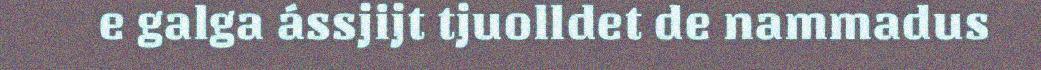
e galga ássjijt tjuolldet de nammadus